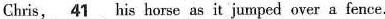
Chris,\underline{41}his harse as it jumped over a fence.